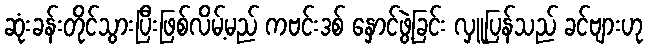
ဆုံးခန်းတိုင်သွားပြီးဖြစ်လိမ့်မည် ကဗင်းဒစ် နှောင်ဖွဲ့ခြင်း လှူပြန်သည် ခင်ဗျားဟု